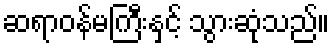
ဆရာဝန်မကြီးနှင့် သွားဆုံသည်။